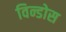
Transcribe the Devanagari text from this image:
विन्डोस